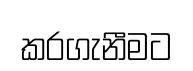
කරගැනීමට